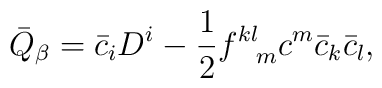
\bar Q_{\beta} = \bar c_{i}D^{i} -                \frac{1}{2}f^{kl}_{\ \ m}c^{m}\bar c_{k}\bar c_{l},